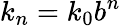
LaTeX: k_{n}=k_{0}b^{n}